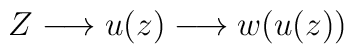
Z \longrightarrow u(z) \longrightarrow w(u(z))